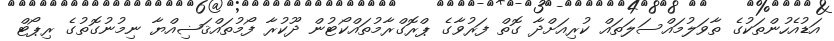
އަޑުއެހުންތަކުގެ ތާވަލުމައްސަލަތައް ކުރިއަށްދާ ގޮތް ފަރުވާގެ ޕްރޮގްރާމުތައްކޯޓުން ދޫކުރާ ފޯމުތައްޤަޟިއްޔާ ނިމުނުގޮތުގެ ރިޕޯޓް